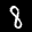
Label: 8